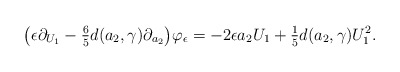
\begin{align*}\big(\epsilon \partial_{U_1} - \tfrac{6}{5} d(a_2,\gamma) \partial_{a_2}\big) \varphi_{\epsilon} = - 2 \epsilon a_2 U_1 + \tfrac{1}{5} d(a_2,\gamma) U_1^2.\end{align*}